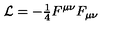
{ \cal L } = { \textstyle - \frac { 1 } { 4 } } F ^ { \mu \nu } F _ { \mu \nu }